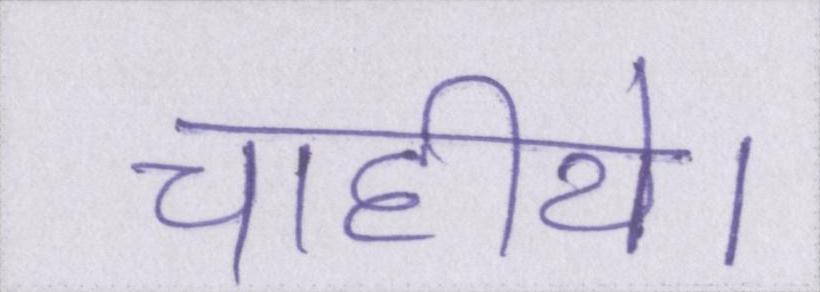
चाहीये।